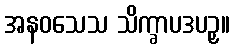
အနဝသေသ သိက္ခာပဒပဉှ။